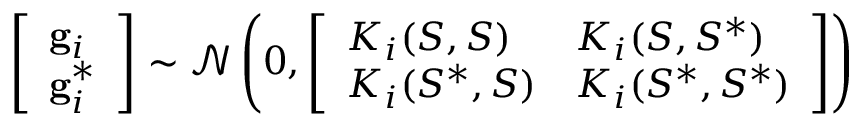
\left[ \begin{array} { l } { \mathbf { g } _ { i } } \\ { \mathbf { g } _ { i } ^ { * } } \end{array} \right] \sim \mathcal { N } \left( 0 , \left[ \begin{array} { l l } { K _ { i } ( S , S ) } & { K _ { i } ( S , S ^ { * } ) } \\ { K _ { i } ( S ^ { * } , S ) } & { K _ { i } ( S ^ { * } , S ^ { * } ) } \end{array} \right] \right)